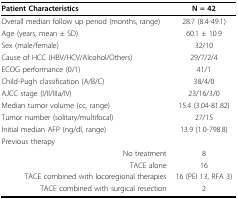
| Patient Characteristics | N = 42 |
 | --- | --- |
 | Overall median follow up period (months, range) | 28.7 (8.4-49.1) |
 | Age (years, mean ± SD) | 60.1 ± 10.9 |
 | Sex (male/female) | 32/10 |
 | Cause of HCC (HBV/HCV/Alcohol/Others) | 29/7/2/4 |
 | ECOG performance (0/1) | 41/1 |
 | Child-Pugh classification (A/B/C) | 38/4/0 |
 | AJCC stage (I/II/IIIa/IV) | 23/16/3/0 |
 | Median tumor volume (cc, range) | 15.4 (3.04-81.82) |
 | Tumor number (solitary/multifocal) | 27/15 |
 | Initial median AFP (ng/dl, range) | 13.9 (1.0-798.8) |
 | Previous therapy |  |
 | No treatment | 8 |
 | TACE alone | 16 |
 | TACE combined with locoregional therapies | 16 (PEI 13, RFA 3) |
 | TACE combined with surgical resection | 2 |